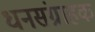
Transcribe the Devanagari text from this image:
धनसंग्राहक